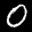
Label: 0